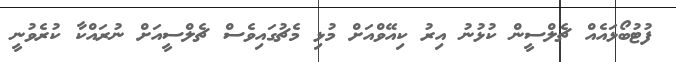
ފުޓުބޯޅައެއް ޗެލްސީން ކުޅުނު އިރު ކިއޭވްއަށް މުޅި މެޗުގައިވެސް ޗެލްސީއަށް ނުރައްކާ ކުރެވުނީ